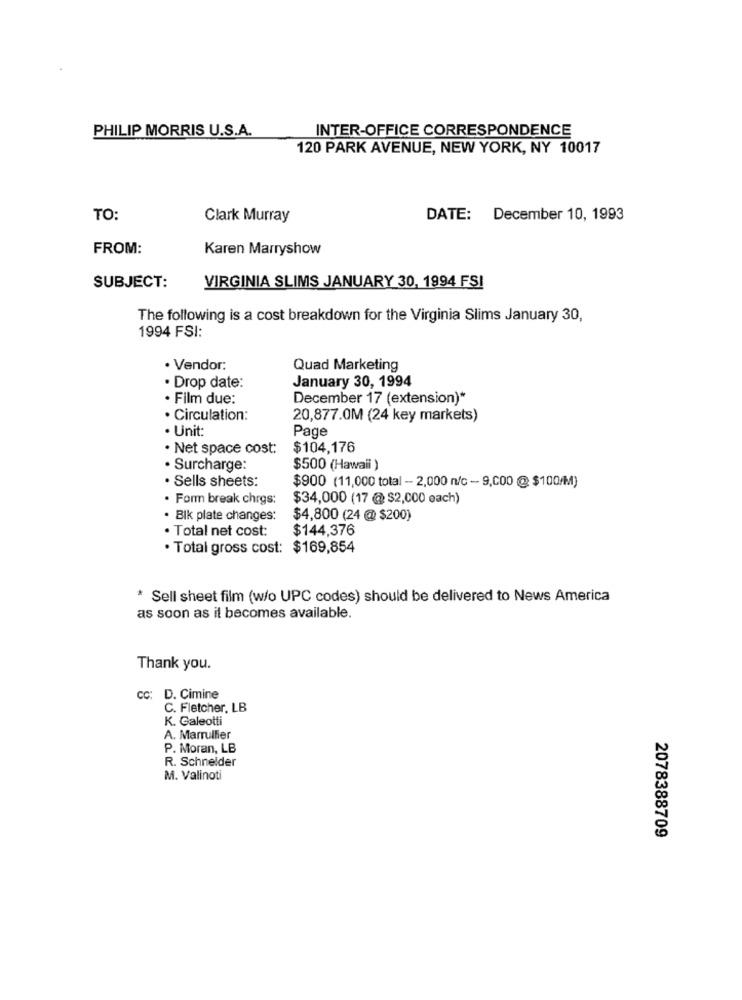
PHILIP MORRIS U.S.A.
INTER-OFFICE CORRESPONDENCE
120 PARK AVENUE, NEW YORK, NY 10017
TO:
Clark Murray
DATE: December 10, 1993
FROM:
Karen Marryshow
SUBJECT:
VIRGINIA SLIMS JANUARY 30, 1994 FSI
The following is a cost breakdown for the Virginia Slims January 30,
1994 FSI:
· Vendor:
Quad Marketing
· Drop date:
January 30, 1994
· Film due:
December 17 (extension)*
. Circulation:
20,877.0M (24 key markets)
· Unit
Page
. Net space cost:
$104,176
Surcharge:
$500 (Hawaii )
. Sells sheets:
$900 (11,000 total - 2,000 n/c - 9,000 @ $100/M)
· Form break chrgs:
$34,000 (17 @ $2,000 each)
· Blk plate changes:
$4,800 (24 @ $200)
. Total net cost:
$144,376
· Total gross cost: $169,854
* Sell sheet film (w/o UPC codes) should be delivered to News America
as soon as it becomes available.
Thank you.
CC: D. Cimine
C. Fletcher, LB
K. Galeotti
A. Marrullier
P. Moran, LB
R. Schneider
M. Valinoti
2078388709